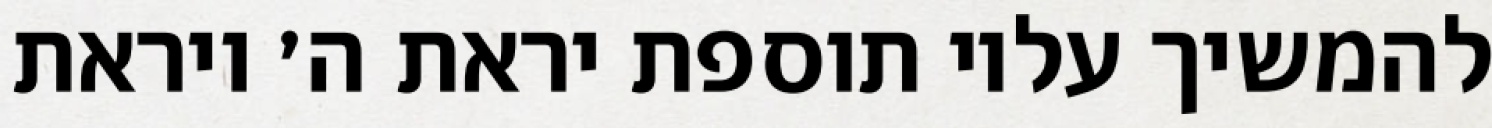
להמשיך עליו תוספת יראת ה׳ ויראת